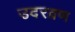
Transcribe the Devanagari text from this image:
उदरव्रण